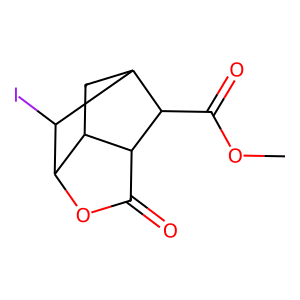
SMILES: COC(=O)C1C2CC3C(OC(=O)C31)C2I
Inhibits HIV replication: No